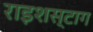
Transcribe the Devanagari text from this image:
राइशस्टाग